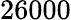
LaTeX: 26000